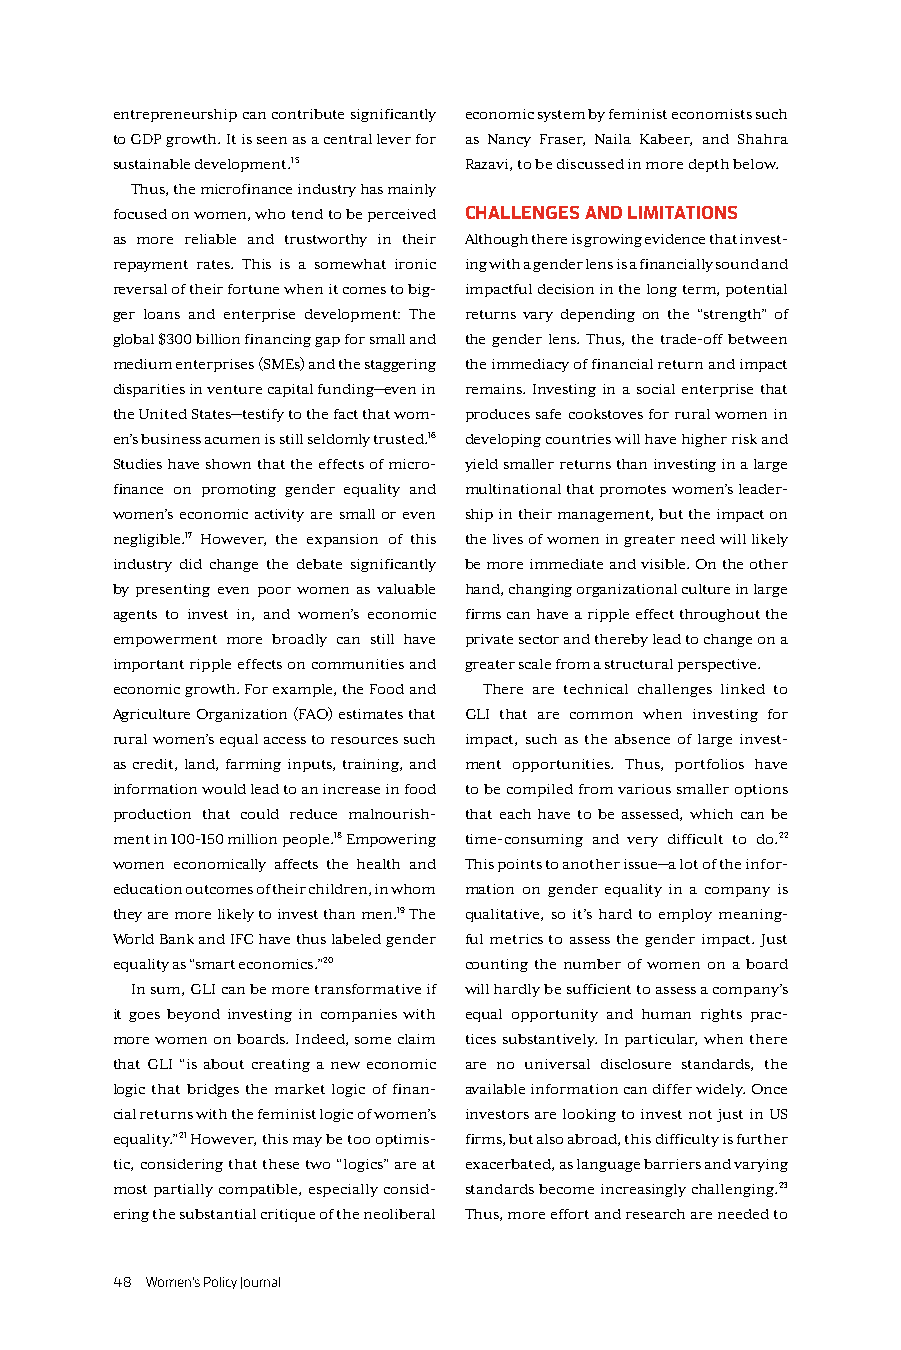
entrepreneurship can contribute significantly economic system by feminist economists such
 to GDP growth. It is seen as a central lever for as Nancy Fraser, Naila Kabeer, and Shahra
 sustainable development.15 Razavi, to be discussed in more depth below.
 Thus, the microfinance industry has mainly
 focused on women, who tend to be perceived CHALLENGES AND LIMITATIONS
 as more reliable and trustworthy in their Although there is growing evidence that invest-
 repayment rates. This is a somewhat ironic ing with a gender lens is a financially sound and
 reversal of their fortune when it comes to big- impactful decision in the long term, potential
 ger loans and enterprise development: The returns vary depending on the “strength” of
 global $300 billion financing gap for small and the gender lens. Thus, the trade-off between
 medium enterprises (SMEs) and the staggering the immediacy of financial return and impact
 disparities in venture capital funding—even in remains. Investing in a social enterprise that
 the United States—testify to the fact that wom- produces safe cookstoves for rural women in
 en’s business acumen is still seldomly trusted.16 developing countries will have higher risk and
 Studies have shown that the effects of micro- yield smaller returns than investing in a large
 finance on promoting gender equality and multinational that promotes women’s leader-
 women’s economic activity are small or even ship in their management, but the impact on
 negligible.17 However, the expansion of this the lives of women in greater need will likely
 industry did change the debate significantly be more immediate and visible. On the other
 by presenting even poor women as valuable hand, changing organizational culture in large
 agents to invest in, and women’s economic firms can have a ripple effect throughout the
 empowerment more broadly can still have private sector and thereby lead to change on a
 important ripple effects on communities and greater scale from a structural perspective.
 economic growth. For example, the Food and There are technical challenges linked to
 Agriculture Organization (FAO) estimates that GLI that are common when investing for
 rural women’s equal access to resources such impact, such as the absence of large invest-
 as credit, land, farming inputs, training, and ment opportunities. Thus, portfolios have
 information would lead to an increase in food to be compiled from various smaller options
 production that could reduce malnourish- that each have to be assessed, which can be
 ment in 100-150 million people.18 Empowering time-consuming and very difficult to do.22
 women economically affects the health and This points to another issue—a lot of the infor-
 education outcomes of their children, in whom mation on gender equality in a company is
 they are more likely to invest than men.19 The qualitative, so it’s hard to employ meaning-
 World Bank and IFC have thus labeled gender ful metrics to assess the gender impact. Just
 equality as “smart economics.”20 counting the number of women on a board
 In sum, GLI can be more transformative if will hardly be sufficient to assess a company’s
 it goes beyond investing in companies with equal opportunity and human rights prac-
 more women on boards. Indeed, some claim tices substantively. In particular, when there
 that GLI “is about creating a new economic are no universal disclosure standards, the
 logic that bridges the market logic of finan- available information can differ widely. Once
 cial returns with the feminist logic of women’s investors are looking to invest not just in US
 equality.”21 However, this may be too optimis- firms, but also abroad, this difficulty is further
 tic, considering that these two “logics” are at exacerbated, as language barriers and varying
 most partially compatible, especially consid- standards become increasingly challenging.23
 ering the substantial critique of the neoliberal Thus, more effort and research are needed to
 48 Women’s Policy Journal